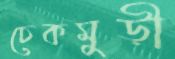
চেকমুড়ী